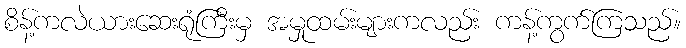
စိန့်ကလဲယားဆေးရုံကြီးမှ အမှုထမ်းများကလည်း ကန့်ကွက်ကြသည်။